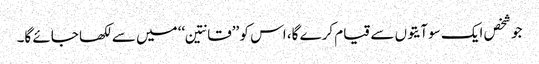
جو شخص ایک سو آیتوں سے قیام کرے گا، اس کو ’’قانتین‘‘ میں سے لکھا جائے گا۔